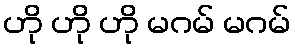
ဟို ဟို ဟို မဂမ် မဂမ်